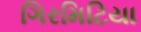
ગિરમિટિયા